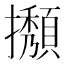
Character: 𢹉